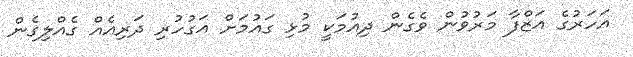
އަހަރުގެ އަޒްފާ މަރުވުން ވެގެން ދިއުމަކީ މުޅި ގައުމަށް އަގުހުރި ދަރިއެއް ގެއްލިގެން